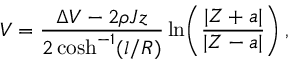
V = \frac { \Delta V - 2 \rho J z } { 2 \cosh ^ { - 1 } ( l / R ) } \ln \! \left( \frac { | Z + a | } { | Z - a | } \right) ,